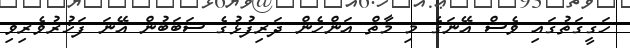
ހަގީގަތުގައި ވެސް އޭނަގެ މި މާތް އަންހެން ދަރިފުޅުގެ ސަބަބުން އޭނަ ފަޚުރުވެރިވި